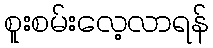
စူးစမ်းလေ့လာရန်